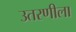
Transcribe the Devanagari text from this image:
उतरणीला